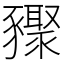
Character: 䝒